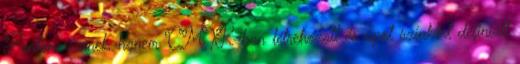
Pantone színek, hanem CMYK-ban létrehozott és spot színként definiált